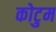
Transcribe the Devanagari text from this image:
कोटुम